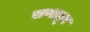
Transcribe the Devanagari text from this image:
सणातून